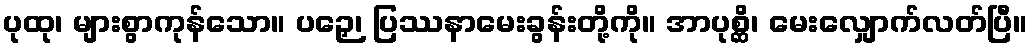
ပုထု၊ များစွာကုန်သော။ ပဉှေ၊ ပြဿနာမေးခွန်းတို့ကို။ အာပုစ္ဆိ၊ မေးလျှောက်လတ်ပြီ။